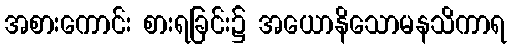
အစားကောင်း စားရခြင်း၌ အယောနိသောမနသိကာရ